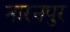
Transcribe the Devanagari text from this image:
नारनपुर